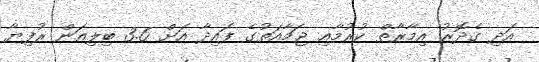
އަދި ގެދޮރު އިމާރާތް ކުރުމާއި ޖަމާއަތުގެ ފައިދާ އަށް 3.6 ބިލިއަން ރުފިޔާ